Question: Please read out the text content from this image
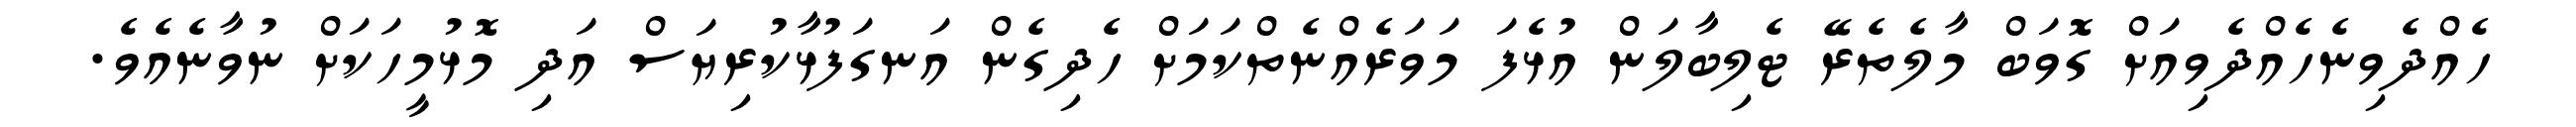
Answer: ހެއްދެވިނެހެއްދެވިއަށް ގޮވަބް މާލެތެރޭ ޓެލިބާލަން އުޅެފަ މަވަރެއްނެތްކަމަށް ހެދިގެން އަނގަފުޅާކުރިޔަސް އަދި މޮޅުމީހަކަށް ނުވާނެއެވެ.